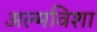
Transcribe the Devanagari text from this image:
अल्मविशा